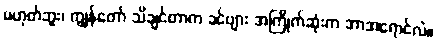
မဟုတ်ဘူး၊ ကျွန်တော် သိချင်တာက ခင်ဗျား အကြိုက်ဆုံးက ဘာအရောင်လဲ။